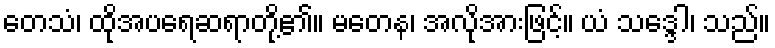
တေသံ၊ ထိုအပရေဆရာတို့၏။ မတေန၊ အလိုအားဖြင့်။ ယံ သဒ္ဒေါ၊ သည်။